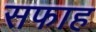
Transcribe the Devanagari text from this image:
सफाह